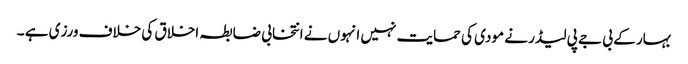
بہار کے بی جے پی لیڈر نے مودی کی حمایت نہیں انہوں نے انتخابی ضابطہ اخلاق کی خلاف ورزی ہے ۔